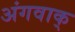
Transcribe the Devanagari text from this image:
अंगवाक्